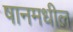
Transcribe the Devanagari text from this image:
षानमधील